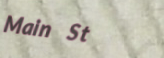
Main St